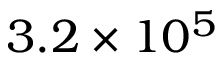
3 . 2 \times 1 0 ^ { 5 }